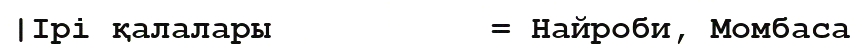
|Ірі қалалары           = Найроби, Момбаса